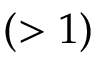
( > 1 )